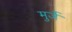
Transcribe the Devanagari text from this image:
मुर्जे